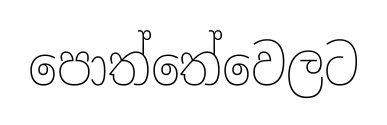
පොත්තේවෙලට